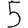
Digit: 5